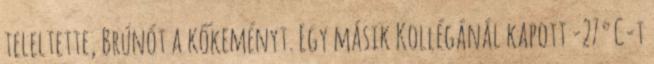
teleltette, Brúnót a kőkeményt. Egy másik Kollégánál kapott -27°C-t